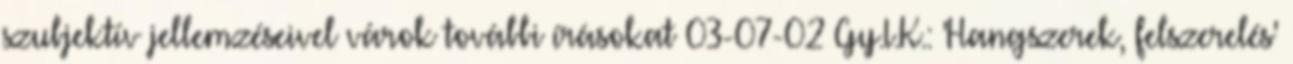
szubjektív jellemzéseivel várok további írásokat 03-07-02 Gy.I.K.: 'Hangszerek, felszerelés'